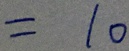
= 1 0